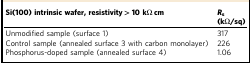
<table><thead><tr><td><b>Si(100) intrinsic wafer, resistivity &gt; 10 kΩ cm</b></td><td><b><i>R</i><sub>s</sub> (kΩ/sq)</b></td></tr></thead><tbody><tr><td>Unmodified sample (surface 1)</td><td>317</td></tr><tr><td>Control sample (annealed surface 3 with carbon monolayer)</td><td>226</td></tr><tr><td>Phosphorus-doped sample (annealed surface 4)</td><td>1.06</td></tr></tbody></table>